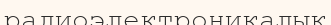
радиоэлектроникалық